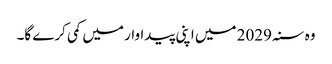
وہ سنہ 2029 میں اپنی پیداوار میں کمی کرے گا۔